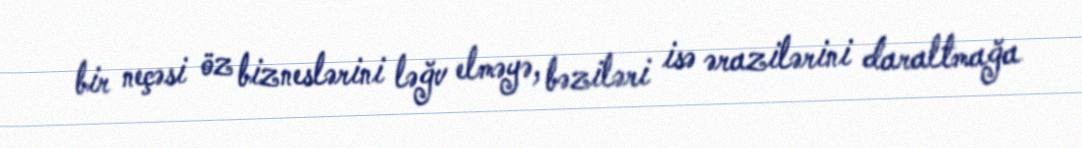
bir neçəsi öz bizneslərini ləğv elməyə, bəziləri isə ərazilərini daraltmağa